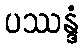
ပဿန္ဒံ